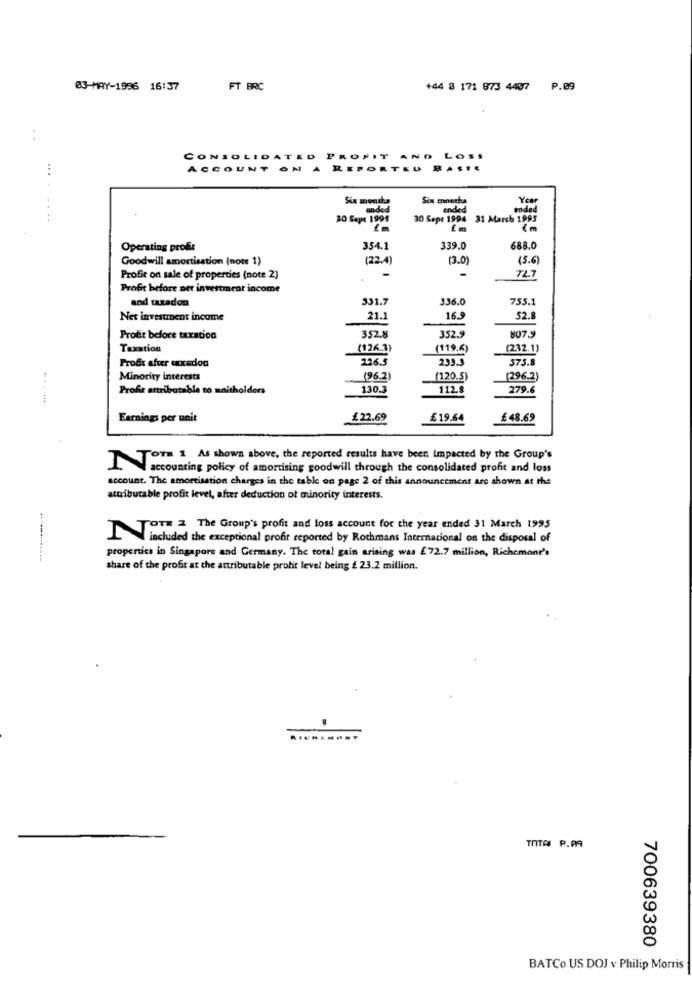
03-MAY-1996 16:37
FT BRC
+44 8 171 873 4407 P.09
CONSOLIDATED PROFIT AND LOSS
...
ACCOUNT ON A REPORTEU BASIE
Six months
Six montha
Year
...
ended
onded
10 Sept 1995
30 Sepe 1994 31 March 1995
€ m
Operating profit
354.1
339.0
688.0
Goodwill amortisation (note 1)
(22.4)
(3.0)
15.6
Profit on sale of properties (note 2)
72.7
Profit before Det investment income
and taxadon
331.7
336.0
755.1
Net investment income
21.
16.9
52.8
352.9
Protit before taxation
352.8
807.9
Taxation
(126.3)
(119.6)
(232.1)
Profit after taxation
226.5
233.3
375.8
Minority interests
(96.2)
(120.5)
Profit attributable to maitholders
130.3
112.8
279.6
Earnings per unit
£22.69
£19.64
£48.69
I Tor 1, As shown above, the reported results have been Impacted by the Group's
accounting policy of amortising goodwill through the consolidated profit and loss
account. The amortisation charges in the table on page 2 of this announcement are shown at the
attributable profit level, after deduction ot minority interests.
OTE Z The Group's profit and loss account for the year ended 31 March 1995
Iincluded the exceptional profit reported by Rothmans Internacional on the disposal of
properties in Singapore and Germany. The total gain arising was £72.7 million, Richemont's
share of the profit at the attributable profit level being £ 23.2 million.
TOTAI P.RA
700639380
BATCo US DOJ v Philip Morris